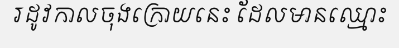
រដូវកាលចុងក្រោយនេះ ដែលមានឈ្មោះ